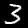
Digit: 3